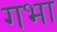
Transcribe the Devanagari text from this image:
गभा